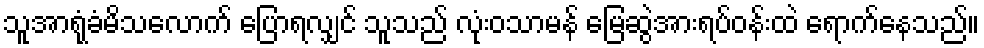
သူအာရုံခံမိသလောက် ပြောရလျှင် သူသည် လုံးဝသာမန် မြေဆွဲအားရပ်ဝန်းထဲ ရောက်နေသည်။